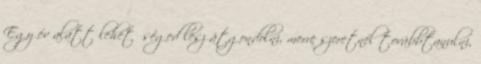
Egy év alatt lehetőséged lesz átgondolni, merre szeretnél továbbtanulni,